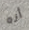
أنه